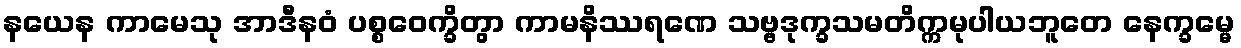
နယေန ကာမေသု အာဒီနဝံ ပစ္စဝေက္ခိတွာ ကာမနိဿရဏေ သဗ္ဗဒုက္ခသမတိက္ကမုပါယဘူတေ နေက္ခမ္မေ